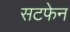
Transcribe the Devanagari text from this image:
सटफेन